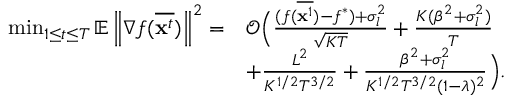
\begin{array} { r l } { \operatorname* { m i n } _ { 1 \le t \le T } \mathbb { E } \left\| \nabla f ( \overline { { \mathbf { x } ^ { t } } } ) \right\| ^ { 2 } = } & { \mathcal { O } \Big ( \frac { ( f ( \overline { { { \bf x } ^ { 1 } } } ) - f ^ { * } ) + \sigma _ { l } ^ { 2 } } { \sqrt { K T } } + \frac { K ( \beta ^ { 2 } + \sigma _ { l } ^ { 2 } ) } { T } } \\ & { + \frac { L ^ { 2 } } { K ^ { 1 / 2 } T ^ { 3 / 2 } } + \frac { \beta ^ { 2 } + \sigma _ { l } ^ { 2 } } { K ^ { 1 / 2 } T ^ { 3 / 2 } ( 1 - \lambda ) ^ { 2 } } \Big ) . } \end{array}